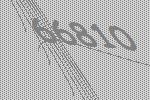
66810